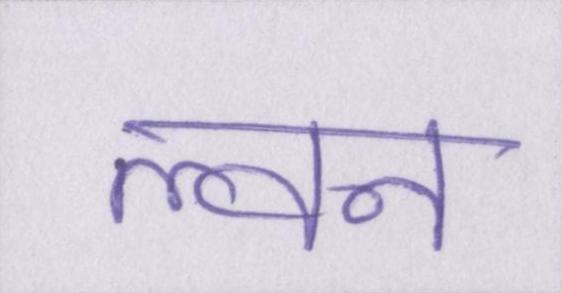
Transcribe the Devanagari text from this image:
ल्वन